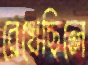
রেখেছিলে